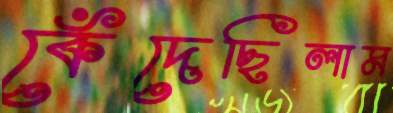
কেঁদেছিলাম